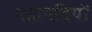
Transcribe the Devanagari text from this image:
महानदियों